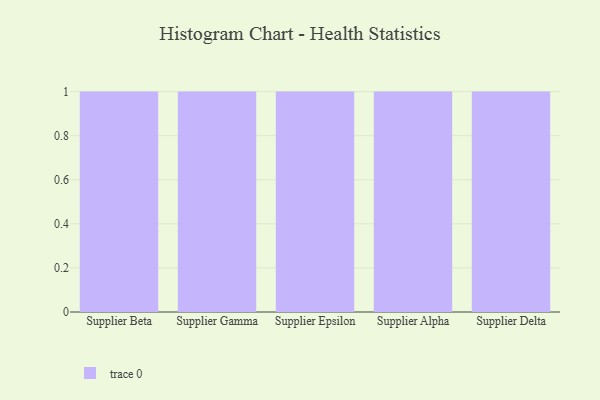
{"axis": {"x": "Supplier", "y": "Website Visitors"}, "legend": [""], "data": [{"x": "Supplier Beta", "y": 94, "type": ""}, {"x": "Supplier Gamma", "y": 43, "type": ""}, {"x": "Supplier Epsilon", "y": 85, "type": ""}, {"x": "Supplier Alpha", "y": 71, "type": ""}, {"x": "Supplier Delta", "y": 70, "type": ""}]}